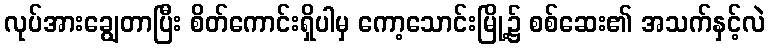
လုပ်အားချွေတာပြီး စိတ်ကောင်းရှိပါမှ ကော့သောင်းမြို့၌ စစ်ဆေး၏ အသက်နှင့်လဲ